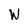
Character: W